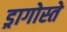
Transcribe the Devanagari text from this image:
ड्रागोस्ते